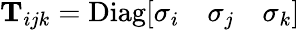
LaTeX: \boldsymbol{\mathrm{T}}_{ijk}=\mathrm{Diag}[\sigma_{i}\quad\sigma_{j}\quad\sigma_{k}]